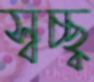
স্বচ্ছ্ব